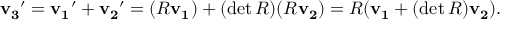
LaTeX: \mathbf { v _ { 3 } } ^ { \prime } = \mathbf { v _ { 1 } } ^ { \prime } + \mathbf { v _ { 2 } } ^ { \prime } = ( R \mathbf { v _ { 1 } } ) + ( \operatorname* { d e t } R ) ( R \mathbf { v _ { 2 } } ) = R ( \mathbf { v _ { 1 } } + ( \operatorname* { d e t } R ) \mathbf { v _ { 2 } } ) .